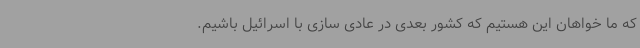
که ما خواهان این هستیم که کشور بعدی در عادی سازی با اسرائیل باشیم.